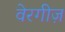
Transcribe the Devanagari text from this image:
वेरगीज़